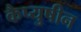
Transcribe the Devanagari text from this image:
कैप्युषीन